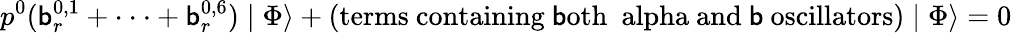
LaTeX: p^{0}(\mathsf{b}_{r}^{0,1}+\cdot\cdot\cdot+\mathsf{b}_{r}^{0,6})\mid\Phi\rangle+\mathrm{{(terms~containing~\mathsf{b}oth~\ alpha~and~\mathsf{b}~oscillators)}}\mid\Phi\rangle=0